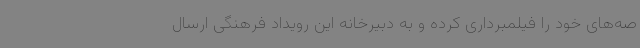
صه‌های خود را فیلمبرداری کرده و به دبیرخانه این رویداد فرهنگی ارسال